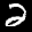
Label: 2